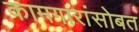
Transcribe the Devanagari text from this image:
कामगारांसोबत